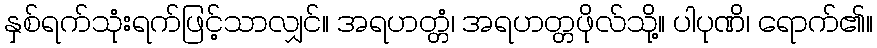
နှစ်ရက်သုံးရက်ဖြင့်သာလျှင်။ အရဟတ္တံ၊ အရဟတ္တဖိုလ်သို့။ ပါပုဏိ၊ ရောက်၏။